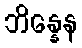
ဘိန္နေန